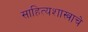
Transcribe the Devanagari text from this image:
साहित्यशास्त्राचे